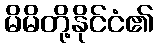
မိမိတို့နိုင်ငံ၏